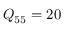
Q _ { 5 5 } = 2 0